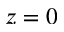
z = 0